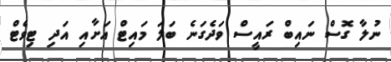
ނުލާ ގޮސް ނައިބް ރައީސް ވަދެގަނެ ބަލަ މައިޓް އަށާއި އަދި ޓިވެޓް